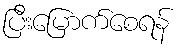
ပြီးမြောက်စေရန်